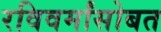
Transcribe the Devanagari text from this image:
रविवर्मांसोबत